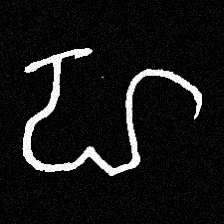
Pyu character \u2014 Myanmar letter: ဟ (romanized: ha)